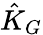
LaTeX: {\hat{K}}_{G}